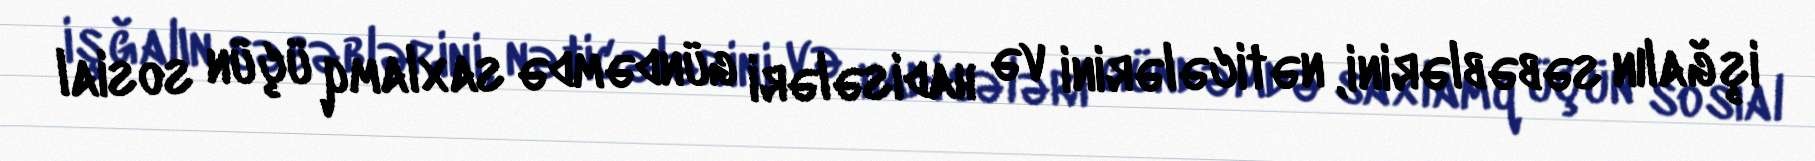
işğalın səbəblərini, nəticələrini və hadisələri gündəmdə saxlamq üçün sosial